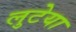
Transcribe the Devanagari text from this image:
लुटेया